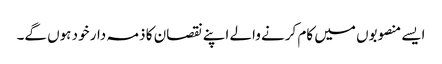
ایسے منصوبوں میں کام کرنے والے اپنے نقصان کا ذمہ دار خود ہوں گے۔